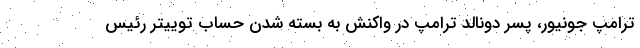
ترامپ جونیور، پسر دونالد ترامپ در واکنش به بسته شدن حساب توییتر رئیس